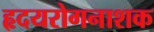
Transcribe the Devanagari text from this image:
हृदयरोगनाशक